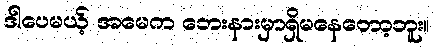
ဒါပေမယ့် အမေက ဘေးနားမှာရှိမနေတော့ဘူး။